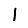
Digit: 1